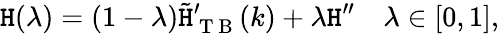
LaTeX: \mathtt{H}(\lambda)=(1-\lambda)\tilde{{\mathtt{H}}}_{\mathrm{{~T~B~}}}^{\prime}(k)+\lambda\mathtt{H}^{\prime\prime}\quad\lambda\in[0,1],